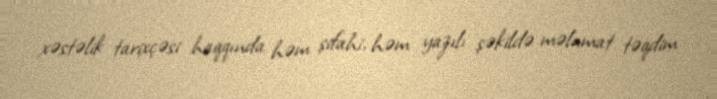
xəstəlik tarixçəsi haqqında həm şifahi, həm yazılı şəkildə məlumat təqdim